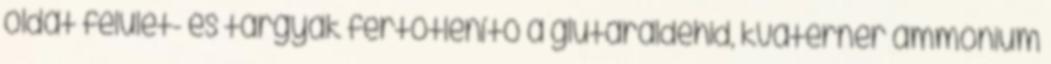
oldat felület- és tárgyak fertőtlenítő a glutaraldehid, kvaterner ammónium